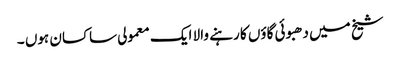
شیخ میں دھبوئی گاؤں کا رہنے والا ایک معمولی ساکسان ہوں ۔